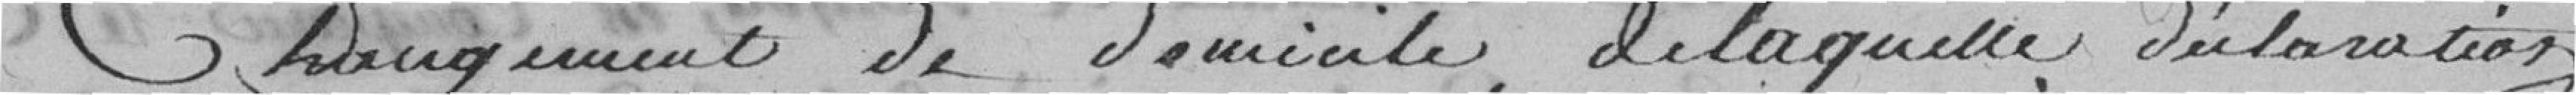
changement de domicile, de laquelle déclaration.